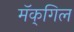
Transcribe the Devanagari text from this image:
मॅक्‌गिल